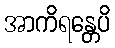
အာကိရန္တေပိ